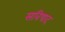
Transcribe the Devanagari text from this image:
सविषाद